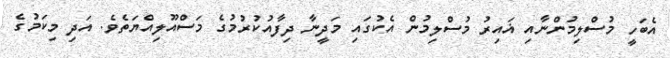
އެބަހީ މުސްލިމުންނާއި ޣައިރު މުސްލިމުން އެކުގައި މަދީނާ ދިފާއުކުރުމުގެ މަސްއޫލިއްޔަތެވެ. އަދި މިކަމުގެ